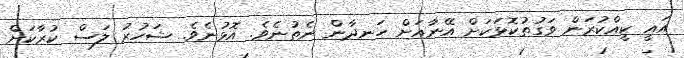
އައީ ކީއްކުރަން ވަގުތުކޮޅަކަށް އޭނާއަށް ހަނދާން ނެތުނެވެ. އޮޅުނެވެ. ޝަހުރު ލަސް ކުރާކަށް